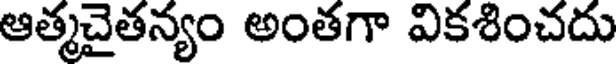
ఆత్మచైతన్యం అంతగా వికశించదు